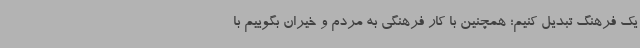
یک فرهنگ تبدیل کنیم؛ همچنین با کار فرهنگی به مردم و خیران بگوییم با